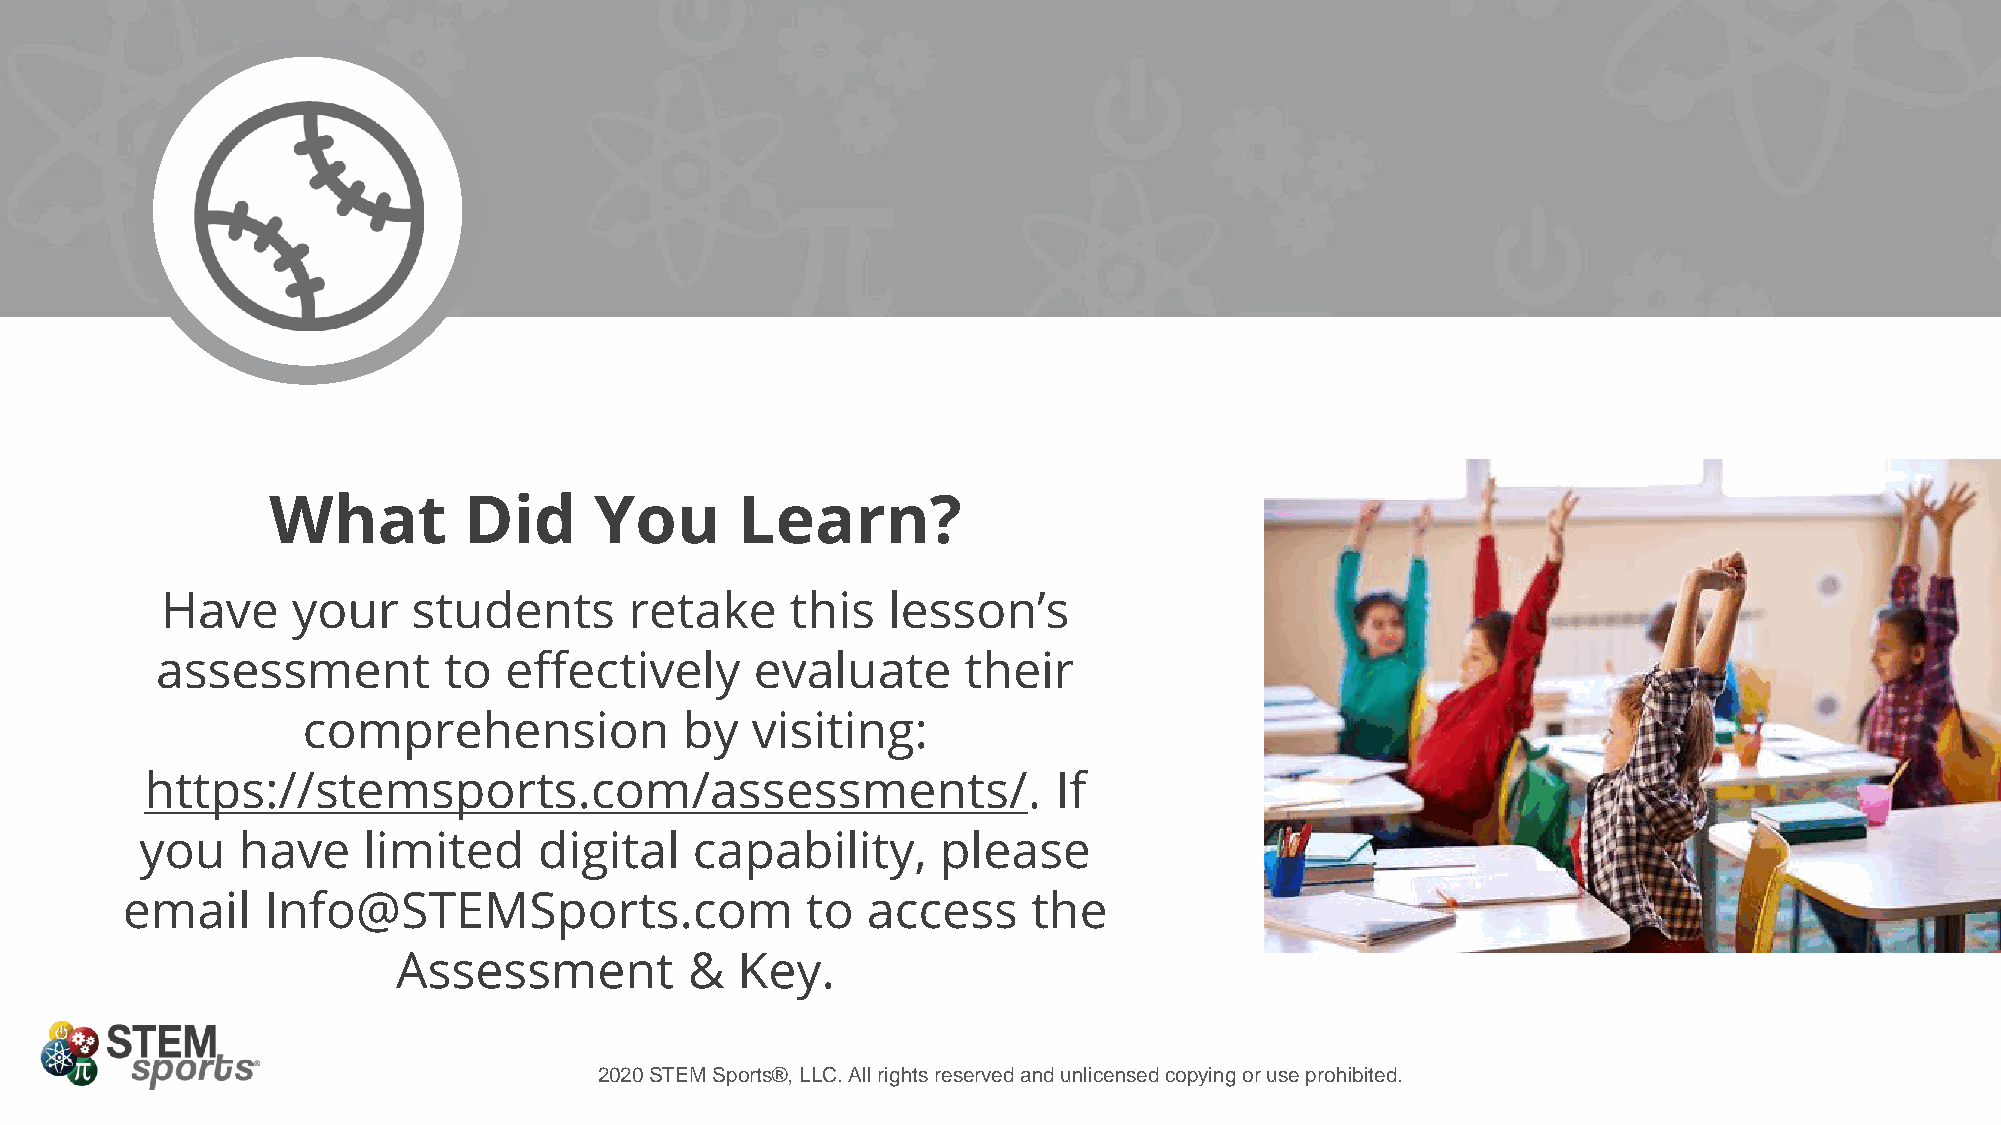
What         Did     You       Learn?
 Have    your    students       retake    this   lesson’s
 assessment         to  effectively      evaluate      their
 comprehension            by   visiting:
 https://stemsports.com/assessments/.                        If
 you    have    limited     digital   capability,     please
 email    Info@STEMSports.com                 to  access     the
 Assessment          &  Key.
 2020 STEM Sports®, LLC. All rights reserved and unlicensed copying or use prohibited.